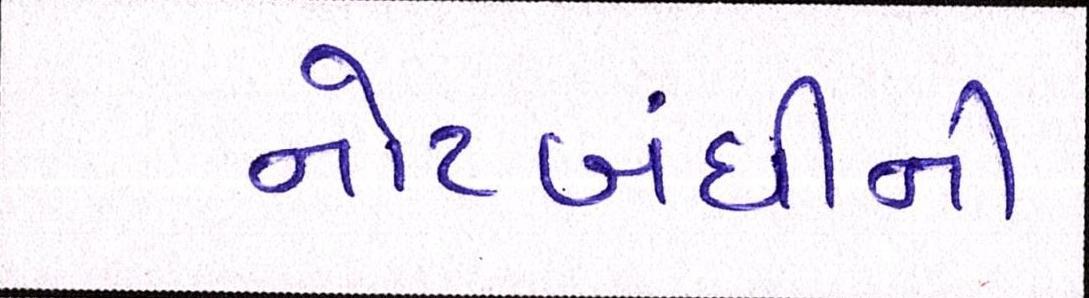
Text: નોટબંધીની